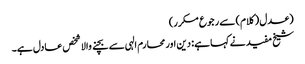
(عدل (کلام) سے رجوع مکرر)
شیخ مفید نے کہا ہے: دین اور محارم الہی سے بچنے والا شخص عادل ہے۔